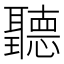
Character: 聽